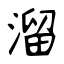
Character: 溜